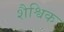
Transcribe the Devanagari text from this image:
शैश्विक